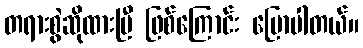
တရားစွဲဆိုထားပြီ ဖြစ်ကြောင်း ပြောပါတယ်။